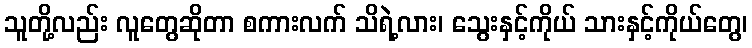
သူတို့လည်း လူတွေဆိုတာ စကားလက် သိရဲ့လား၊ သွေးနှင့်ကိုယ် သားနှင့်ကိုယ်တွေ၊